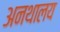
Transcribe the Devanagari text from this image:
अनथालय